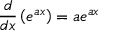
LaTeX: { \frac { d } { d x } } \left( e ^ { a x } \right) = a e ^ { a x }